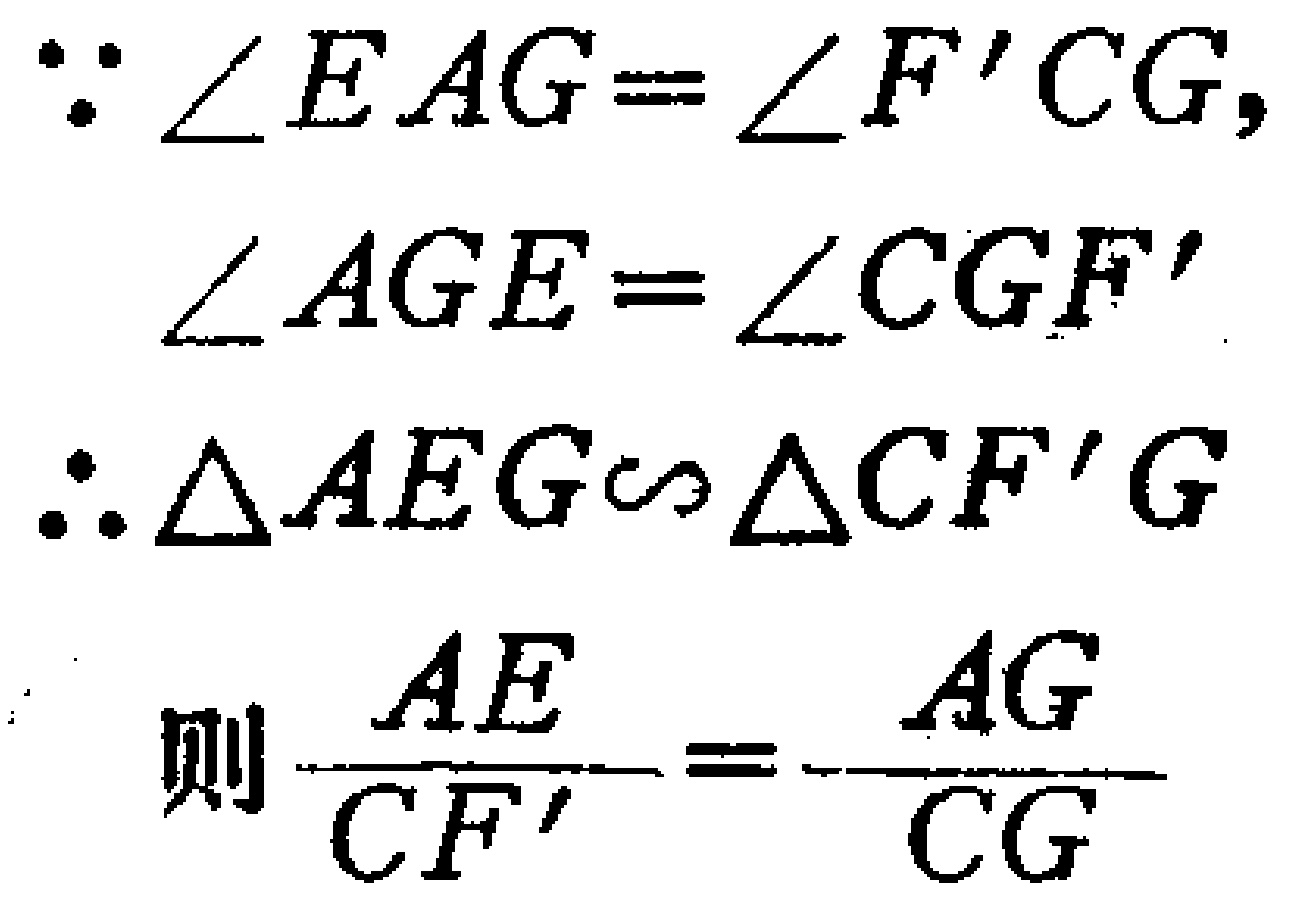
\[\begin{align*}
&\because \angle EAG = \angle F'CG,\\
&\angle AGE=\angle CGF'\\
&\therefore \triangle AEG\sim\triangle CF'G\\
&\text{则 }\frac{AE}{CF'}=\frac{AG}{CG}
\end{align*}\]